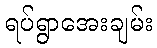
ရပ်ရွာအေးချမ်း